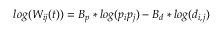
l o g ( W _ { i j } ( t ) ) = B _ { p } * l o g ( p _ { i } p _ { j } ) - B _ { d } * l o g ( d _ { i , j } )